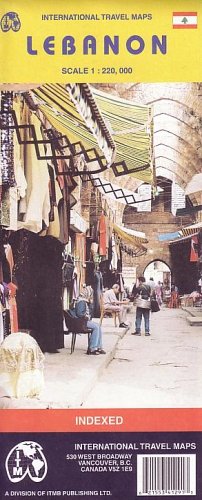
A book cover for Lebanon Map by ITMB 2004 (Travel Reference Map); International Travel Maps; Travel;